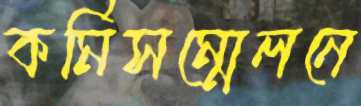
কর্মিসম্মেলনে